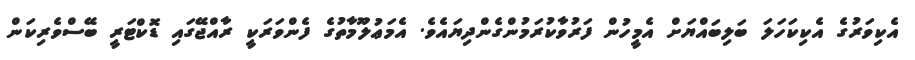
އެކިވަރުގެ އެކިކަހަލަ ބަލިބައްޔަށް އެމީހުން ފަރުވާކުރަމުންގެންދިޔައެވެ. އެމަޢުލޫމާތުގެ ފެންވަރަކީ ރާއްޖޭގައި ޑޮކްޓަރީ ބޭސްވެރިކަން